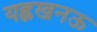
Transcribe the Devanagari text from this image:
यह्लखनऊ